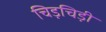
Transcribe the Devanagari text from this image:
चिड़चिड़ी